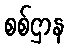
စစ်ဌာန